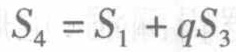
\(S_{4} = S_{1} + qS_{3}\)